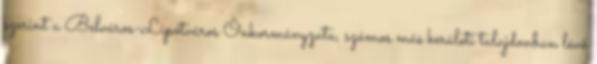
szerint a Belváros-Lipótváros Önkormányzata, számos más kerületi tulajdonban lévő